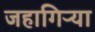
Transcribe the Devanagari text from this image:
जहागिऱ्या